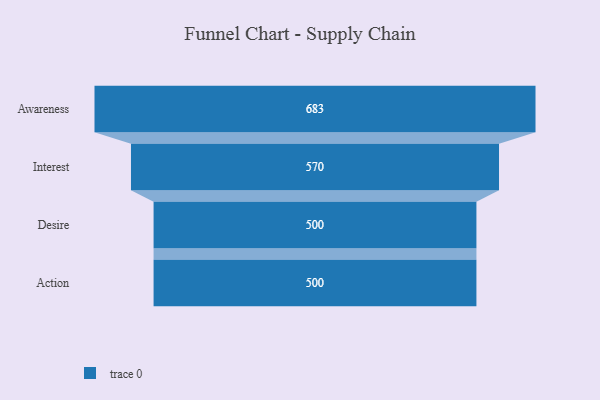
{"axis": {"x": "Stage", "y": "Value"}, "legend": [""], "data": [{"x": "Awareness", "y": 683.0, "type": ""}, {"x": "Interest", "y": 570.0, "type": ""}, {"x": "Desire", "y": 500, "type": ""}, {"x": "Action", "y": 500, "type": ""}]}